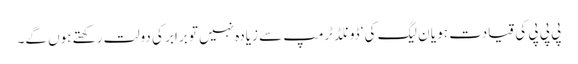
پی پی پی کی قیادت ہو یا ن لیگ کی‘ ڈونلڈ ٹرمپ سے زیادہ نہیں تو برابر کی دولت رکھتے ہوں گے۔